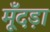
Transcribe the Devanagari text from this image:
मूँदड़ा